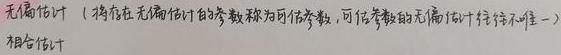
无偏估计（将存在无偏估计的参数称为可估参数，可估参数的无偏估计往往不唯一）
相合估计